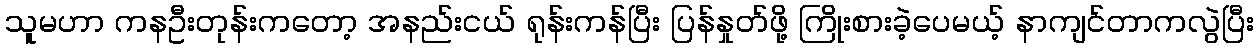
သူမဟာ ကနဦးတုန်းကတော့ အနည်းငယ် ရုန်းကန်ပြီး ပြန်နှုတ်ဖို့ ကြိုးစားခဲ့ပေမယ့် နာကျင်တာကလွဲပြီး